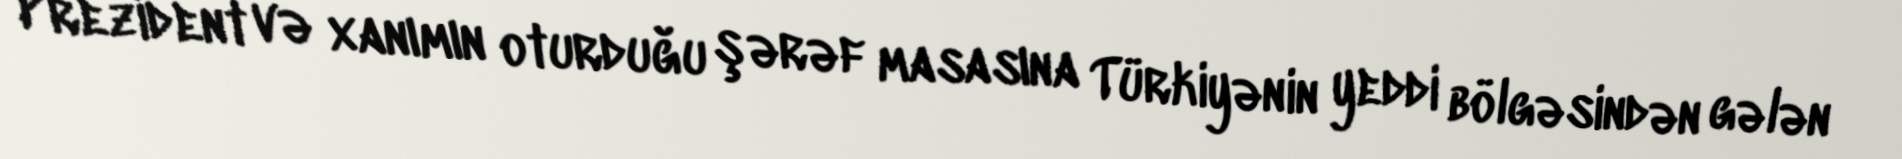
Prezident və xanımın oturduğu şərəf masasına Türkiyənin yeddi bölgəsindən gələn